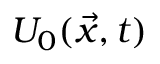
U _ { 0 } ( \vec { x } , t )